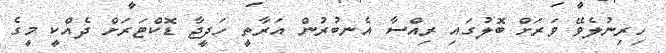
ހިރިނުލެވޭ ވަރަށް ބޮލުގައި ރިއްސާ އެނބުރުން އަރާތީ ހަދީޖާ ޑޮކްޓަރަށް ދެއްކީ މީގެ